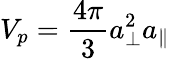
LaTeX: V_{p}=\frac{4\pi}{3}a_{\perp}^{2}a_{\| }